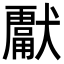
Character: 𭸮